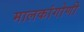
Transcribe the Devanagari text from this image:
मालकांगोणी